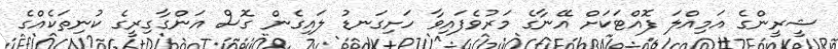
ޝީރީންގެ އަމިއްލަ ފޮއްޓަކަށް އޭނާގެ މަރުވެފައިވާ ހަށިގަނޑު ލައިގެން ގޮސް އަންގާގިރީގެ ކުނިތަކެއްގެ